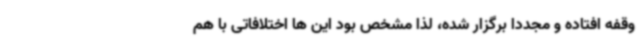
وقفه افتاده و مجددا برگزار شده، لذا مشخص بود این ها اختلافاتی با هم